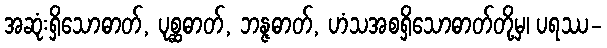
အဆုံးရှိသောဓာတ်, ပုစ္ဆဓာတ်, ဘန္ဇဓာတ်, ဟံသအစရှိသောဓာတ်တို့မှ၊ ပရဿ-